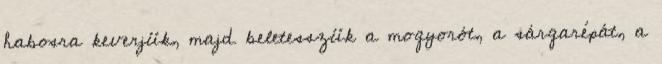
habosra keverjük, majd beletesszük a mogyorót, a sárgarépát, a